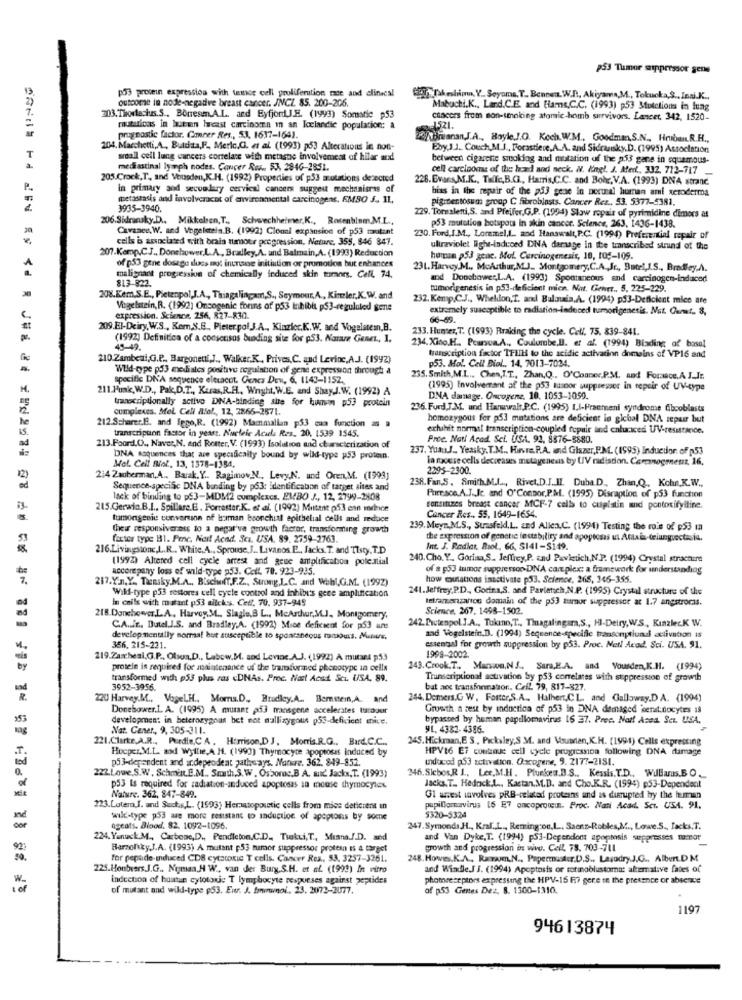
53 Tumor suppressor sene
p53 procein expression with tande cell proliferution rate and clinical
627,"Takeshima, Y .. Seyoma. T ., Bennen. W.R ., Akiyama,M ., Tokucka,S ., Inni.K .,
outcome in node-negadve breast cancer. JNCL 85. 200-206.
Mabuchi.K ., Land.C.E. and Hams,C.C. (1993) p53 Mtutctions in lung
303.Thodecius.S ., Borresm.A.L. and EyfjordJ.E. (1993) Somatic p53
cancers from mon-stroking atomic-homb survivors. Lancet. 342, 1520-
mututicas in butan breast carcinoma in an Icelandic population: a
1521.
prugnostic factor. Cancer Res ., 53, 1637-1641.
Brianan.J.A ., Boyle.J.O. Koch.W.M ., Goodman,S.N ., Hruban.R.H .,
204. Marchetti,A ., Butciata,F ., Meric,G. et al. (1993) p53 Alterations in non-
Eby,J.J ., Couch,M.J ., Forastiere,A.A. and Sidransky.D. (1995) Association
T
sraall cell lung cancers correlate with metaste involvement of hilar and
between cigarette smoking and mutation of the p53 gane in squamous-
mediastinal lymph nodes. Concer Rws .. 53. 2846-2851.
cell carcinoma of the head and neck. N. Kingl. J. Med ., 332, 712-717 __
205.Crock,T ., and Vousden,K.H. (1992) Properties of p53 mutations detected
226. Evars,M.K ., Tillc,B.C ., Harris,C.C. and Bohr,V.A. (1993) DNA strand.
in primary and secondary cervical cancers suggest mechanisras of
hias in the repair of the p53 gene in norunal human ami xeroderma
metastasis and involveracet of environmental carcinogens, EMBO J. IL.
pigmentosum group C fibroblasts. Cancer Rez ., 53. 5377-5381.
3935-3940.
206.Skruky.D ., Mikkelen,T ., Schwechheimer,K ., Rosenblum.M.L .,
229. Toralenti,S. and Pfeifer,G.P. (1994) Slow ropair of pyrimidine dimors at
Cavance. W. and Vogelstein.B. (1992) Cionni expansion of p53 mutant
p53 mutation hotspots in skin cancer, Science, 263, 1436-1438.
cells is sesnciated with brain tumour progression, Neture, 355, 846 847.
230. Ford, I.M ., Lommel,L. aod Hanswalt, P.C. (1994) Preferential repair of
207.Kemp,C.J ., Donchower,L.A ., Bradley,A. and Balmain,A. (1993) Reduction
ultraviolet light-induced DNA darsage in ite transcribed strund of the
A
human p53 gene. Mol. Carcinogenesis, 10, 105-109.
of p53 gene dosagu dues Ing inunave initiation or promotion but enhances
231.Harvey.M ., MoArthur,MJ. Montgomery,C.A ., Jr ., Butel,J.S ., Bradley.A.
malignant progression of chemically induced skin tumors. Cell, 74.
and Dooshower,L.A. (1993) Spontaneous and carcinogen-induced
813-822.
tumorigenesis in p53-deficient mica. Not. Genrt .. 5, 225-229.
208.Kem.S.E ., Pietenpol,J.A ., Thingalingam,S ., Seymour,A ., Kimler,K.W. and
232. Kemp,C.J ., Wheldon,T. and Bulauia,A. (1994) p53-Deficient mico afe
Vogelstein,R. (1992) Onsogenic forins of p53 inhibit p53-regululed gene
extremely susceptible to radiation-induced tumorigenesis. Nat. Out. 8,
expression. Science. 256, 827-830.
66-69.
209.El-Deiry,W.S ., Kem,S.B ., Pieterpol J.A ., Kinziec.K.W. and Vogelstein,B.
233. Hunter,T. (1993) Rraking the cycle. Cell, 75. 839-841.
(1992) Definitica of a consensos binding site for p53. Natame Genet, 1.
45-49.
234. Xino.H ., Pearson.A ., Coulumbe,B. et al. (1994) Blading of basel
transcription factor TFITH to the acidic activation domains of VP16 and
210.Zambesi,G.P ., Bargonetti,J ., Walker.K, Prives,C. and Levinc,A.J. (1992)
p53. Mol. Cell Biol ., 14, 7013-7024.
Wld-qype pd3 mediales positive regulation of gene expression through a
specific DNA sequence eltracot. Genes Den, 6, 1143-1152.
235. Smith,M.L ., Chen,I.T ., Zhan,Q .. O'Conner.P.M. and Formace, A J_Ir.
211 Funk, W.D ., Pak,D.T ., Kuras,R.H ., Whyht, W.E. and ShayJ.W. (1992) A
(1995) Envolvemtant af the p53 tusoor suppressor in repair of UV-type
DNA damage. Oncogene, 10. 1053-1059.
transcriptionally active DNA-binding she for human p53 protein
cumpleses. Mel. Cell Alol ., 12, 2866-2871.
236. Furd.J.M. und Hanwwalt,P.C. (1995) LI-Fraumeni syndrome Cibooblasts
he
homozygous for p53 matations are deficient le gicbal DNA repair but
15.
212.Scharer.E. and Tego,R. (1992) Mammallun p53 caa function as
transcription factor in yeart. Nucleic Acals Res, 20, 1539 1545.
erhihit normal transcription-coupled repair and entunced UV-resistance.
Proe. Nati Acad Sci. USA. 92, 8876-8880.
213.Foord.O ., Naver,N, and Rotter, V. (1993) Isolution and characterization of
237. YuauJ .. Yeasky. T.M ., Hinvre. P.A. and Glazer,P.M. (1995) Induction of p53
DNA Asquences that are specifically bound by wild-type p53 protein.
la rocese cells decreases mutagenesis by UV radiation. Coronogeneur, 16,
Mel. Celf Bot, 13, 1378-1354,
2295-2300.
214 2auberman. A ., Barak. Y .. RagimovN, Levy.N. und Oren,M. (1993)
238. Fan.S. Smith.M.L ., Rivet.D.J.IL. Duba.D ., Zhan,Q ., Kohun.K.W .,
Sequence-specific DNA binding by p53: identificabon of target sites and
lack of binding to p53-MDM2 cumplexcs. EMBO J ., 12, 2799-2808
Phee sco.A.J.c. and O'Connor, P.M. (1995) Discaption of p53 function
215.Gerwin.B.I ., Spillare.E . Forrester.K. et al. (1992) Mutant p53 enn mehice
consituzes breast cancer MCF-7 calls to cuplatin and pontoxifyitine.
tumongenie conversion of human bronchial epithelial cells and reduce
Cancer Res .. 55, 1649-1654.
their responsiveness to a negative growth factor, transforming growth
239. Meyn, M.S ., Suasfeld,L. and Allea.C. (1994) Testing the role of p53 in
factor type B31. Proc. Neil Acad. Sca. USA. 89. 2759-2763.
the expression of genetic lestability and apoyiosas ut Ataxia-telungiectasia.
216.Livingstone,L.R. White.A ., Sprouse,J ., Livanos.P ., facks. T. and Tisty, T.D
Int. J. Radiar. Riol, 66, 5141-S149.
(1992) Altered cell cycle arrest and geue amplification potential
240. Cho. Y .. Goriaa,S. Jeffrey,P. und Pavletich,N.P. (1994) Crystal strachure
accorspany loss of wild-type 253. Coll. 70. 923-935.
of a p53 tumor suppressor-DNA complex: a framework for understanding
217.Y.n.Y ., Tuniky.M.A ., Bischoff.F.Z ., Strong,L.C. and Wohl,G.M. (1992)
how mutations inactivate p53. Science, 265, 146-355.
241.Jeffrey,P.D ., Godina,S. and Parietich,N.P. (1995) Crystal structure of the
Wild-type p53 restores cell cycle control and inhibi's gece amplification
In cails wich matant p53 allcks. Ceff. 70, 937-945
letramanzarion domain of the p53 tumor suppressor at 1.7 angstromas.
Science, 267. 1498-1502.
218.Donchower.L.A ., Harvey.M ., Slagle,B L ., McArthur,M.J ., Montgomery,
242. Ductenpol.J.A ., Takino,T ., Thagalingara,S ., HI-Deiry,WS, Kinzlec.K W.
C.A.It. Dutel.J.S. and Bradley.A. (1992) Mice deficient for p53 une
develop mentally normal but susceptible to spontaneous tours. Muture,
and Vogelstein.D. (1994) Sequence-specific transonyslund activation is
356, 215-221.
essential for growth suppression by p53. Proc. Net! Acad. Sci. USA. 91.
219.Zaxchesi,G.P ., Olson,D ., Labow.M. sod Levine.A.J. (1992) A mutant p53
1998-2002.
ey
protein is required for maintenance of the tramturned phenotype in cells
243. Crook.T ., Marswon.N J ., Sara,E.A. and Vousden,K.H. (1994)
transformed with p55 plus ras <DNAs. Proc. Nast Acad Sci. USA. 89.
Trumcriptional activation Sy p53 correlates with suppression of growth
3952-3956.
bat acc transformation. Cell. 79, 817-827.
220 Harvey.M ., VogelH ., Moms.D ., Brudley.A .. Bemetem,A. and
244, Demers.G W. Foster,S.A ., Halhers.C.L. and Galloway.D.A. (1994)
Donebower.L. A. (1995) A mutant pd3 transgene accelerates turoour
Growth a zest by induction of p53 in DNA damaged seratinocytes is
developmen: in heterozygous bet not mallizygous p53-deficient enice,
bypassed by human papillomavirus 16 37. Prec. Nail Ased. Sci. USA,
Nat. Caner, 9, 305-311.
91. 4382- 4386.
221.Clarke.A.R ., Purdie,C A . Harrison,DJ. Morris.R.G ., Burd.C.C.
245. Hickman,E S ., Picksley,S .M. and Vousran, K.H. [1994) Cells expresting
Hocper.M.L. and Wyllie,A H. (1993) Thymocyte apoptosis induced by
HPV16 E7 continue cell cycle progressoa following DNA damage
p5 3-dependent and independent pathways. Nature. 362. 849-852.
induced p53 activation. Oncogene, 9. 2177-2181.
222.Lowe,S.W. Schmitt.E.M. Smith,S.W. Osbonc.B A. mid Jacks,T. (1993)
246.Sichos,R I ., Lee, M.H. Plunken.D.S ., Kessis. T.D ., Williams.BO.
p53 Is required for radiation-induced apoptosas an mouse thymocyles
Jacks. T ., Hedrick.L ., Kastan,M.D. and Cho.K.R. (1994) p53-Dependent
Nature. 362, 847-849.
Gl anest involves pRB-related proteins and as disrupted hy the human
223.Lotem,I. and Such.s,L. (1593) Heratopouctic cells from mice deticient in
papillomavirus 16 E7 oncoprocent. Proc. Nati Acad. Scr. USA. 91.
wild-type p53 was more resistant to induction of apopions by some
$320-5324
ogeats. Blood. 82. 1092-1096.
247. Symonds H ., Kral.L ., Remington,L ., Saenz-Robles,M ., Lowe.S ., Jacks.T.
224. Yanuxk.M ., Carbenc,D ., Pendleton.C.D ., Tiakti, T ., Stiana.J.D. and
and Van Dyke,T. (1994) p53-Dependent apoptosis suppresses tuamor
Barnolky,J.A. (1993) A mutant p53 tumor suppressor protein is 4 target
growth and progression in vivo. Cell. 78. 703-711
for pepade-induced CD8 cytotoxic T cells. Cancer Res, 53. 3257-3261.
248. Howes,K.A ., Rawm,N ., Papermaster.D.S ., Lasudry.J.G ., Albert.DM
225.HonbeersJ.G ., Nyman,H W ., van der Burg.S.H. et af. (1999) In vitro
and Windle.J S. (1994) Apoptosis or torinoblustomat altemative fates of
indceton of buatan cytotoxic T lymphocyte respueses against peptides
photoreceptors expressing the HPV-15 F7 gere in the presence or absence
of mutant and wild-type p53. Eur. J. fwwwwnoi ., 23. 2072-2077.
af p53 Gentes Dez, 8. 1300-1310.
1197
94613874